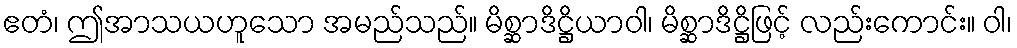
ဧတံ၊ ဤအာသယဟူသော အမည်သည်။ မိစ္ဆာဒိဋ္ဌိယာဝါ၊ မိစ္ဆာဒိဋ္ဌိဖြင့် လည်းကောင်း။ ဝါ၊